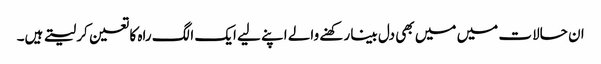
ان حالات میں میں بھی دل بینا رکھنے والے اپنے لیے ایک الگ راہ کا تعین کر لیتے ہیں۔